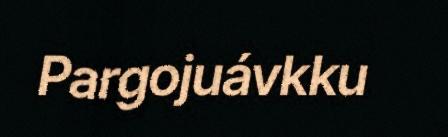
Pargojuávkku